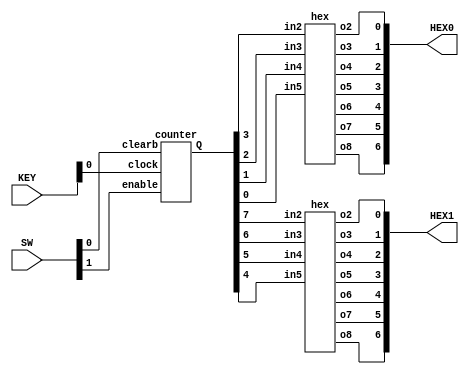
module mux(SW, KEY, HEX0, HEX1);
    wire [7:0] Q;
    input [1:0] SW;
	 input [2:0] KEY;
	 output [6:0] HEX0;
	 output [6:0] HEX1;

		  
	 counter a(
		  .enable(SW[1]),
		  .clock(KEY[0]),
		  .clearb(SW[0]),
		  .Q(Q[7:0])
		  );
	 
	 hex u0(
		  .in2(Q[3]),
		  .in3(Q[2]),
		  .in4(Q[1]),
		  .in5(Q[0]),
		  .o2(HEX0[0]),
		  .o3(HEX0[1]),
		  .o4(HEX0[2]),
		  .o5(HEX0[3]),
		  .o6(HEX0[4]),
		  .o7(HEX0[5]),
		  .o8(HEX0[6])
		  );
	 
	 hex u1(
		  .in2(Q[7]),
		  .in3(Q[6]),
		  .in4(Q[5]),
		  .in5(Q[4]),
		  .o2(HEX1[0]),
		  .o3(HEX1[1]),
		  .o4(HEX1[2]),
		  .o5(HEX1[3]),
		  .o6(HEX1[4]),
		  .o7(HEX1[5]),
		  .o8(HEX1[6])
		  );
		  
endmodule

module counter(enable, clock, clearb, Q);
    input enable;
	 input clock;
	 input clearb;
    output [7:0] Q;
	 wire in1, in2, in3, in4, in5, in6, in7, in8;

		  
	 T_flipflop a(
		  .T(enable),
		  .clock(clock),
		  .c(clearb),
		  .Q(Q[7])
		  );
	 
	 assign in1 = enable & Q[7];
		 
	 T_flipflop b(
		  .T(in1),
		  .clock(clock),
		  .c(clearb),
		  .Q(Q[6])
		  );
		  
	 assign in2 = in1 & Q[6];
	 
	 T_flipflop c(
		  .T(in2),
		  .clock(clock),
		  .c(clearb),
		  .Q(Q[5])
		  );
		  
	 assign in3 = in2 & Q[5];
	
	 T_flipflop d(
		  .T(in3),
		  .clock(clock),
		  .c(clearb),
		  .Q(Q[4])
		  );
		  
	 assign in4 = in3 & Q[4];
		  
	 T_flipflop e(
		  .T(in4),
		  .clock(clock),
		  .c(clearb),
		  .Q(Q[3])
		  );
		  
	 assign in5 = in4 & Q[3];
	 
	 T_flipflop f(
		  .T(in5),
		  .clock(clock),
		  .c(clearb),
		  .Q(Q[2])
		  );
		  
	 assign in6 = in5 & Q[2];
	 
	 T_flipflop g(
		  .T(in6),
		  .clock(clock),
		  .c(clearb),
		  .Q(Q[1])
		  );
		  
	 assign in7 = in6 & Q[1];
	 
	 T_flipflop h(
		  .T(in7),
		  .clock(clock),
		  .c(clearb),
		  .Q(Q[0])
		  );
endmodule

module T_flipflop(T, clock, c, Q);
	 parameter N = 1;
    input T;
	 input [N-1:0] clock;
	 input [N-1:0] c;
	 output Q;
	 wire connect;
	 
	 assign connect = T ^ Q;
	 
	 D_flipflop dd(
		  .d(connect),
		  .clock(clock),
		  .reset_n(c),
		  .q(Q)
		  );	 
endmodule

module D_flipflop(d, clock, reset_n, q);
    parameter N = 1;
    input d;
	 input [N-1:0] clock;
	 input [N-1:0] reset_n;
	 output q;
	 reg q;
	 
	 always @(posedge clock, negedge reset_n)
	 begin	 
		if (reset_n == 1'b0)
		    q <= 0;
		else
		    q <= d;
	 end
endmodule

module hex(in2, in3, in4, in5, o2, o3, o4, o5, o6, o7, o8);
    input in2;
	 input in3;
	 input in4;
	 input in5;
    output o2;
	 output o3;
	 output o4;
	 output o5;
	 output o6;
	 output o7;
	 output o8;

    hex0 u1(
        .c3(in2),
        .c2(in3),
		  .c1(in4),
        .c0(in5),
        .out1(o2)
        );
		  
    hex1 u2(
        .c3(in2),
        .c2(in3),
		  .c1(in4),
        .c0(in5),
        .out2(o3)
        );
    
	 hex2 u3(
        .c3(in2),
        .c2(in3),
		  .c1(in4),
        .c0(in5),
        .out3(o4)
        ); 
		  
    hex3 u4(
        .c3(in2),
        .c2(in3),
		  .c1(in4),
        .c0(in5),
        .out4(o5)
        );
		 
    hex4 u5(
        .c3(in2),
        .c2(in3),
		  .c1(in4),
        .c0(in5),
        .out5(o6)
        ); 
		  
    hex5 u6(
        .c3(in2),
        .c2(in3),
		  .c1(in4),
        .c0(in5),
        .out6(o7)
        );
		 
    hex6 u7(
        .c3(in2),
        .c2(in3),
		  .c1(in4),
        .c0(in5),
        .out7(o8)
        );
endmodule

module hex0(c3, c2, c1, c0, out1);
    input c3; //selected when s is 0
    input c2; //selected when s is 1
    input c1; //select signal
	 input c0;
    output out1; //output
  
    assign out1 = ~c3 & c2 & ~c1 & ~c0 | c3 & c2 & ~c1 & c0 | c3 & ~c2 & c1 & c0 | ~c3 & ~c2 & ~c1 & c0;

endmodule

module hex1(c3, c2, c1, c0, out2);
    input c3; //selected when s is 0
    input c2; //selected when s is 1
    input c1; //select signal
	 input c0;
    output out2; //output
  
    assign out2 = c2 & c1 & ~c0 | c3 & c1 & c0 | ~c3 & c2 & ~c1 & c0 | c3 & c2 & ~c0;

endmodule

module hex2(c3, c2, c1, c0, out3);
    input c3; //selected when s is 0
    input c2; //selected when s is 1
    input c1; //select signal
	 input c0;
    output out3; //output
  
    assign out3 = ~c3 & ~c2 & c1 & ~c0 | c3 & c2 & c1 | c3 & c2 & ~c0;

endmodule

module hex3(c3, c2, c1, c0, out4);
    input c3; //selected when s is 0
    input c2; //selected when s is 1
    input c1; //select signal
	 input c0;
    output out4; //output
  
    assign out4 = ~c3 & c2 & ~c1 & ~c0 | ~c2 & ~c1 & c0 | c2 & c1 & c0 | c3 & ~c2 & c1 & ~c0;

endmodule

module hex4(c3, c2, c1, c0, out5);
    input c3; //selected when s is 0
    input c2; //selected when s is 1
    input c1; //select signal
	 input c0;
    output out5; //output
  
    assign out5 = ~c3 & c2 & ~c1 | ~c2 & ~c1 & c0 | ~c3 & c0;

endmodule

module hex5(c3, c2, c1, c0, out6);
    input c3; //selected when s is 0
    input c2; //selected when s is 1
    input c1; //select signal
	 input c0;
    output out6; //output
  
    assign out6 = ~c3 & ~c2 & c0 | ~c3 & ~c2 & c1 | ~c3 & c1 & c0 | c3 & c2 & ~c1 & c0;

endmodule

module hex6(c3, c2, c1, c0, out7);
    input c3; //selected when s is 0
    input c2; //selected when s is 1
    input c1; //select signal
	 input c0;
    output out7; //output
  
    assign out7 = ~c3 & ~c2 & ~c1 | c3 & c2 & ~c1 & ~c0 | ~c3 & c2 & c1 & c0;

endmodule